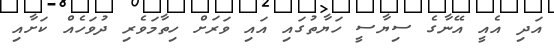
އަދި އެއީ އޭނާގެ ސިޔާސީ ހަޔާތުގައި އައި ވަރަށް ހިތާމަވެރި ދުވަހެއް ކަަށާއި